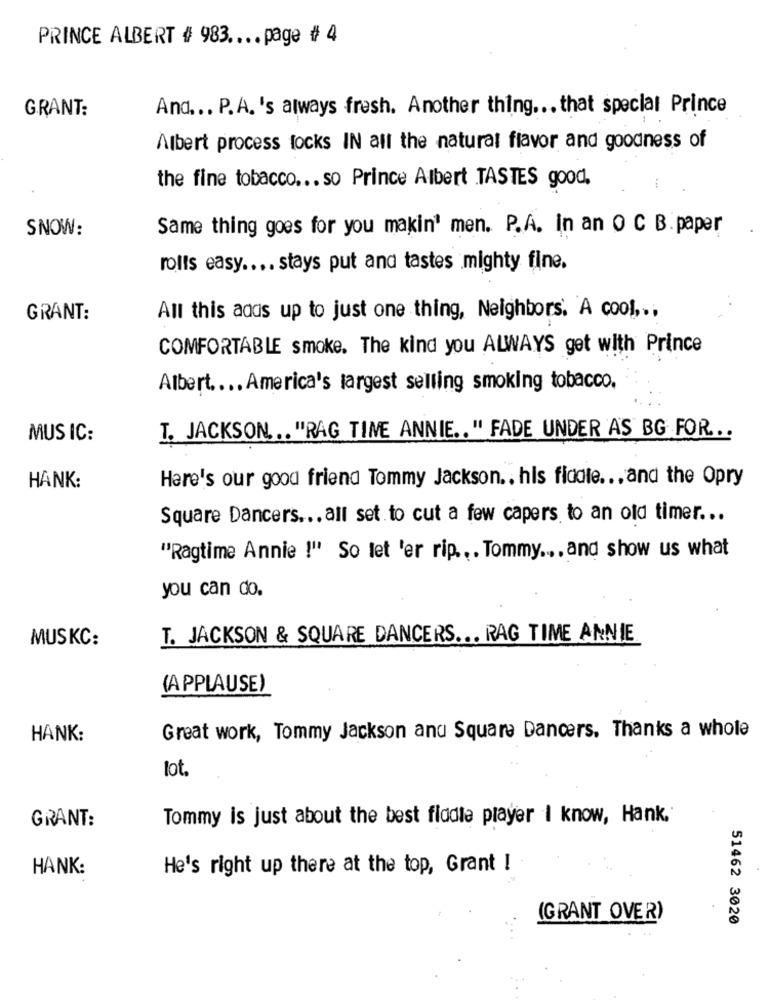
PRINCE ALBERT # 983 .... page # 4
GRANT:
And ... P.A. 's always fresh. Another thing ... that special Prince
Albert process locks IN all the natural flavor and goodness of
the fine tobacco ... so Prince Albert TASTES good,
SNOW:
Same thing goes for you makin' men. P.A. in an O C B. paper
rolls easy .... stays put and tastes mighty fine.
GRANT:
All this adds up to just one thing, Neighbors. A cool ,.,
COMFORTABLE smoke. The kind you ALWAYS get with Prince
Albert .... America's largest selling smoking tobacco.
T. JACKSON. . . "RAG TIME ANNIE .. " FADE UNDER AS BG FOR ...
MUS IC:
Here's our good friend Tommy Jackson .. his fiddle ... and the Opry
HANK:
Square Dancers ... all set to cut a few capers to an old timer ...
"Ragtime Annie !" So let 'er rip ... Tommy .... and show us what
you can do.
MUSKC:
T. JACKSON & SQUARE DANCERS ... RAG TIME ANNIE
(APPLAUSE)
HANK:
Great work, Tommy Jackson and Square Dancers. Thanks a whole
lot.
GRANT:
Tommy is just about the best fiddle player I know, Hank.
HANK:
He's right up there at the top, Grant !
(GRANT OVER)
51462 3020